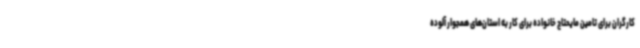
کارگران برای تامین مایحتاج خانواده برای کار به استان‌های همجوار آلوده